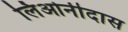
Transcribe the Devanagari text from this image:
लिओनीदास